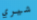
شيري